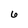
Character: 6